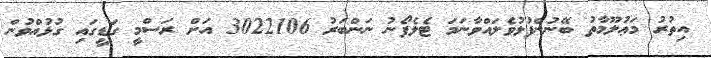
އިތުރު މަޢުލޫމާތު ބޭނުންފުޅުވެލައްވާނަމަ ޓެލެފޯނު ނަންބަރު 3022106 އަށް ރަސްމީ ގަޑީގައި ގުޅުއްވުން